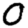
Digit: 0